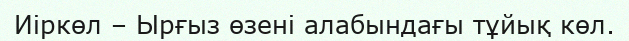
Иіркөл – Ырғыз өзені алабындағы тұйық көл.